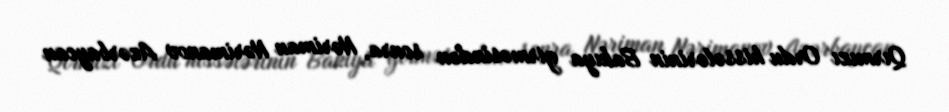
Qırmızı Ordu hissələrinin Bakıya girməsindən sonra, Nəriman Nərimanov Azərbaycan